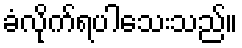
ခံလိုက်ရပါသေးသည်။